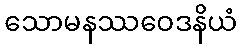
သောမနဿဝေဒနိယံ